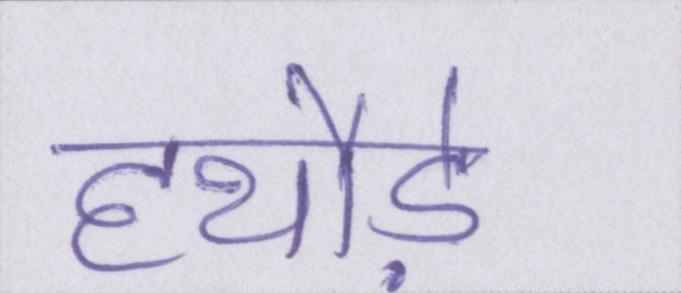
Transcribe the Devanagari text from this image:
हथौड़े